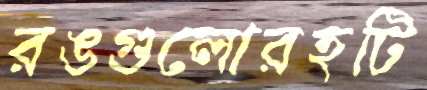
রঙগুলোরহটি